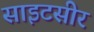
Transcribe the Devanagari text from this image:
साइटसीर